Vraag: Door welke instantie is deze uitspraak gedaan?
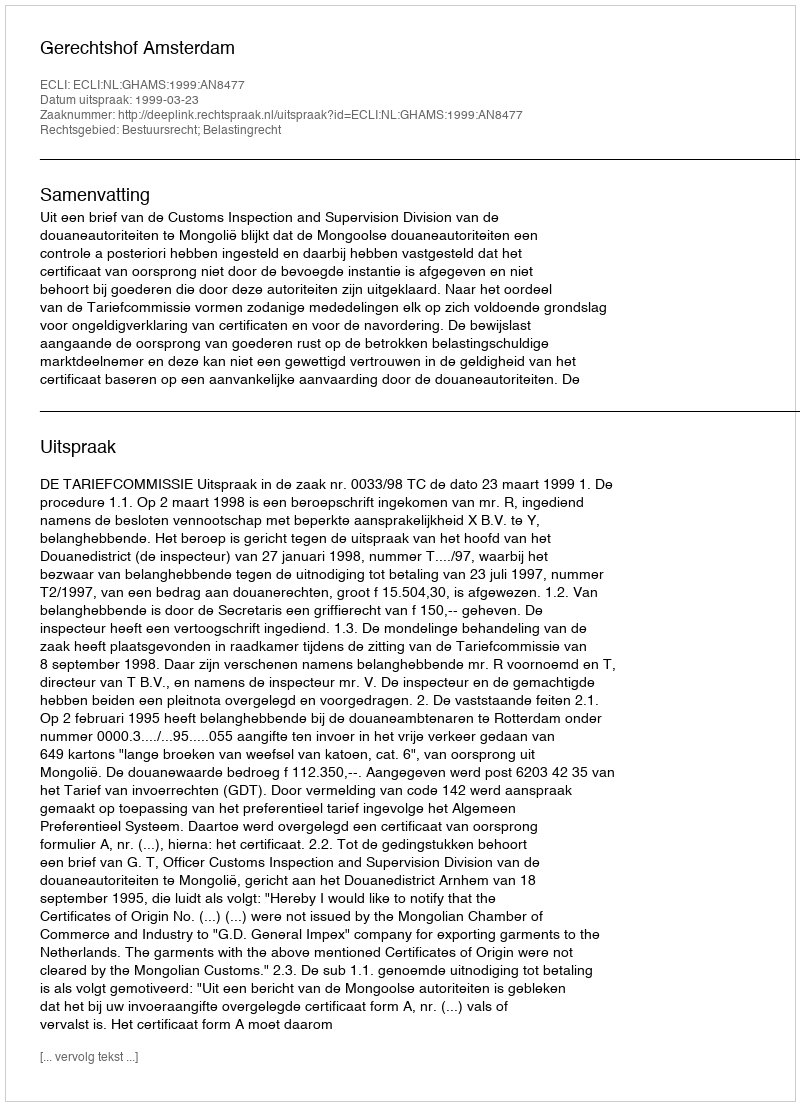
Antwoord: Gerechtshof Amsterdam